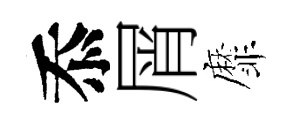
忝屑靡